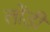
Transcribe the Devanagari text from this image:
लोंडी